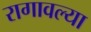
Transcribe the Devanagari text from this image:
रागावल्या